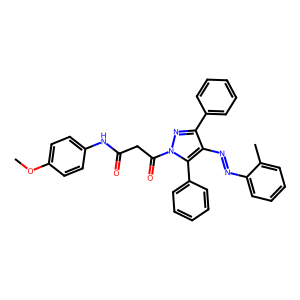
SMILES: COc1ccc(NC(=O)CC(=O)n2nc(-c3ccccc3)c(N=Nc3ccccc3C)c2-c2ccccc2)cc1
Inhibits HIV replication: No